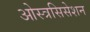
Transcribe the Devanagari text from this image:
ओस्त्रसिसेशन